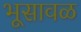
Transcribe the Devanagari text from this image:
भूसावळ